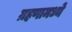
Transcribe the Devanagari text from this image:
ग्रहणामध्ये